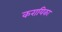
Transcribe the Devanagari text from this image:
करायिका